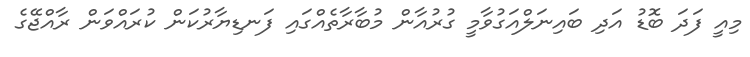
މިއީ ފަދަ ބޮޑު އަދި ބައިނަލްއަގުވާމީ ގުރުއާން މުބާރާތެއްގައި ފަނޑިޔާރުކަން ކުރައްވަން ރާއްޖޭގެ